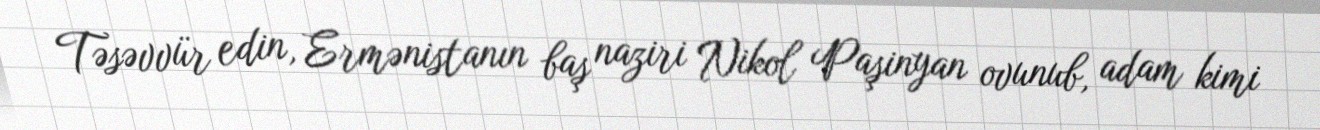
Təsəvvür edin, Ermənistanın baş naziri Nikol Paşinyan ovunub, adam kimi